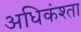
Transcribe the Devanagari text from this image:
अधिकंश्ता